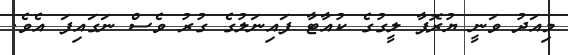
މިއަދު ވަނީ ޔުރޮޕާ ލީގުގެ ކުއާޓާ ފައިނަލުގެ ގުރު ވެސް ނަގައިފަ އެވެ.